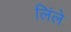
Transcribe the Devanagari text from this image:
लिंले